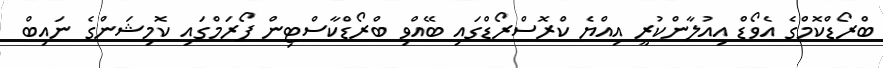
ބްރޯޑްކޮމްގެ އެވޯޑް އިއުލާންކުރީ އިއްޔެ ކްރޮސްރޯޑްގައި ބޭއްވި ބްރޯޑްކާސްޓިން ފޯރަމްގައި ކޮމިޝަންގެ ނައިބް